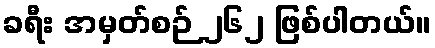
ခရီး အမှတ်စဉ် ၂၆၂ ဖြစ်ပါတယ်။